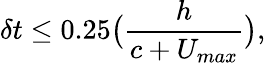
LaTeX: \delta t\leq 0.25\big(\frac{h}{c+U_{max}}\big),